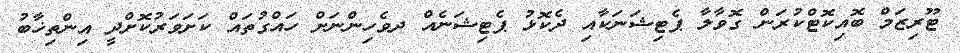
ޓޫރިޒަމް ބޮއިކޮޓްކުރަން ގޮވާލާ ޕެޓިޝަނަކާއި ދެކޮޅު ޕެޓިޝަނެއް ދވެހިންނަށް ހައްގުތައް ކަށަވަރުކޮށްދީ އިންތިޚާބު